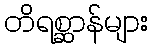
တိရစ္ဆာန်များ